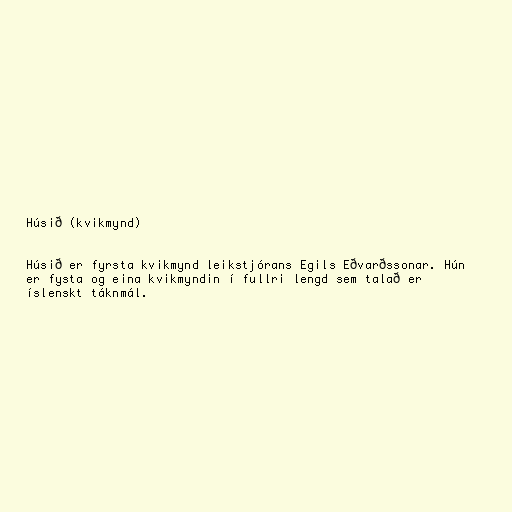
Húsið (kvikmynd)

Húsið er fyrsta kvikmynd leikstjórans Egils Eðvarðssonar. Hún
er fysta og eina kvikmyndin í fullri lengd sem talað er
íslenskt táknmál.